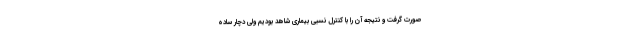
صورت گرفت و نتیجه آن را با کنترل نسبی بیماری شاهد بودیم ولی دچار ساده